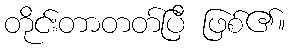
တိုင်းတာတတ်ပြီ ဖြစ်၏။